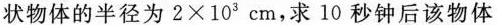
状物体的半径为$$2 \times 1 0 ^ { 3 } c m$$，求10秒钟后该物体